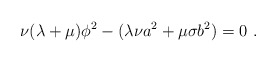
\begin{align*} \nu(\lambda+\mu)\phi^2-(\lambda\nu a^2+\mu\sigma b^2)=0~.\end{align*}